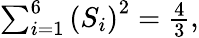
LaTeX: \begin{array}{r}{\sum_{i=1}^{6}\left(S_{i}\right)^{2}=\frac{4}{3},}\end{array}